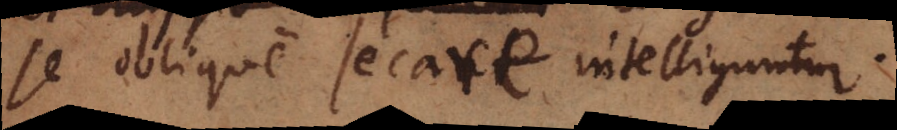
se oblique secare intelliguntur.